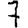
Digit: 7